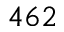
4 6 2